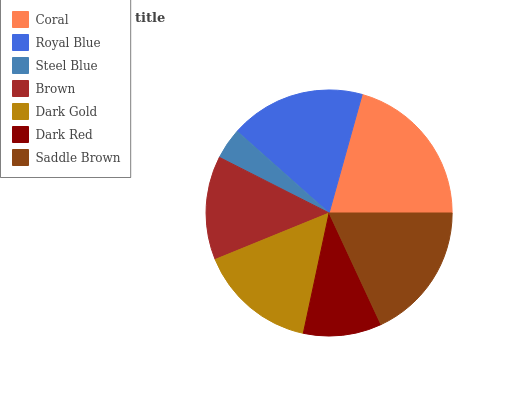
| Coral | Royal Blue | Steel Blue | Brown | Dark Gold | Dark Red | Saddle Brown |
 | --- | --- | --- | --- | --- | --- | --- |
 | 20.7% | 17.8% | 4.08% | 13.6% | 15.5% | 10.3% | 18.1% |